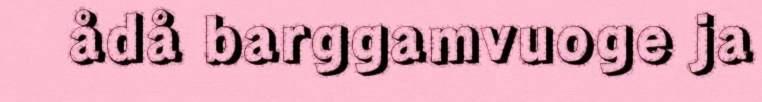
ådå barggamvuoge ja